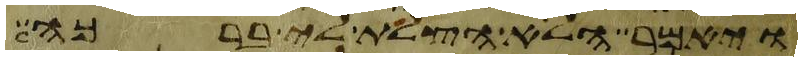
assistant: ויאמר הלא הצלת לי ברכה